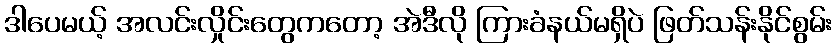
ဒါပေမယ့် အလင်းလှိုင်းတွေကတော့ အဲဒီလို ကြားခံနယ်မရှိပဲ ဖြတ်သန်းနိုင်စွမ်း